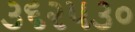
૩૬૨૫૩૦